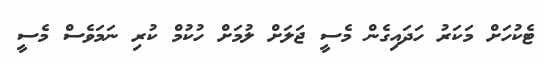
ޓެކުހަށް މަކަރު ހަދައިގެން މެސީ ޖަލަށް ލުމަށް ހުކުމް ކުރި ނަމަވެސް މެސީ